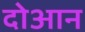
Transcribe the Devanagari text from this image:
दोआन